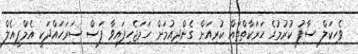
ވެހިކަލް ސާފު ކުރުމުގެ ހަރަކާތްތައް ކުރިއަށް ގެންދިއުމަށް ހަމަޖެހިފައިވާ ފަސް ސަރަހައްދަކީ އެމްޕީއެލް